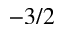
- 3 / 2